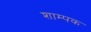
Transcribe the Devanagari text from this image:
शाम्पक